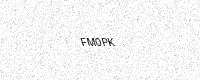
Text: FM0PK